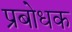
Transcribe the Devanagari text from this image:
प्रबोधक